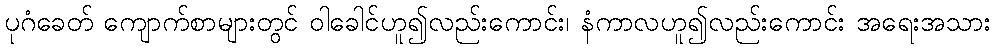
ပုဂံခေတ် ကျောက်စာများတွင် ဝါခေါင်ဟူ၍လည်းကောင်း၊ နံကာလဟူ၍လည်းကောင်း အရေးအသား